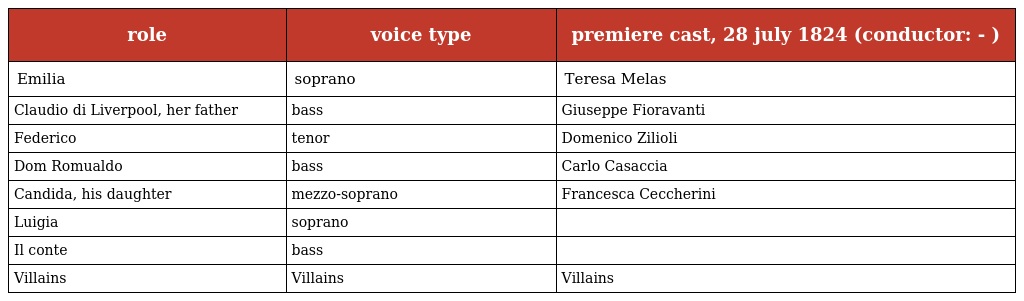
| role | voice type | premiere cast, 28 july 1824 (conductor: - ) |
 | --- | --- | --- |
 | Emilia | soprano | Teresa Melas |
 | Claudio di Liverpool, her father | bass | Giuseppe Fioravanti |
 | Federico | tenor | Domenico Zilioli |
 | Dom Romualdo | bass | Carlo Casaccia |
 | Candida, his daughter | mezzo-soprano | Francesca Ceccherini |
 | Luigia | soprano |  |
 | Il conte | bass |  |
 | Villains | Villains | Villains |